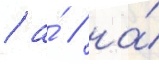
/ а́ / на́